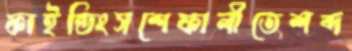
ফাইন্ডিংসশেফালীতেশব্দ